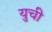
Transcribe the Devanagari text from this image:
युची